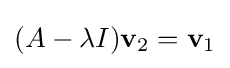
(A-\lambda I)\mathbf {v} _{2}=\mathbf {v} _{1}